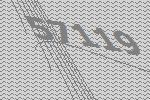
57119